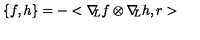
\{ f , h \} = - < \nabla \! \! _ { L } f \otimes \nabla \! \! _ { L } h , r >